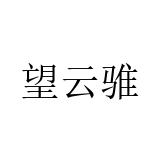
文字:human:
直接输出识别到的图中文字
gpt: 望云骓